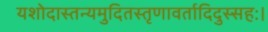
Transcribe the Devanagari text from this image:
यशोदास्तन्यमुदितस्तृणावर्तादिदुस्सहः।